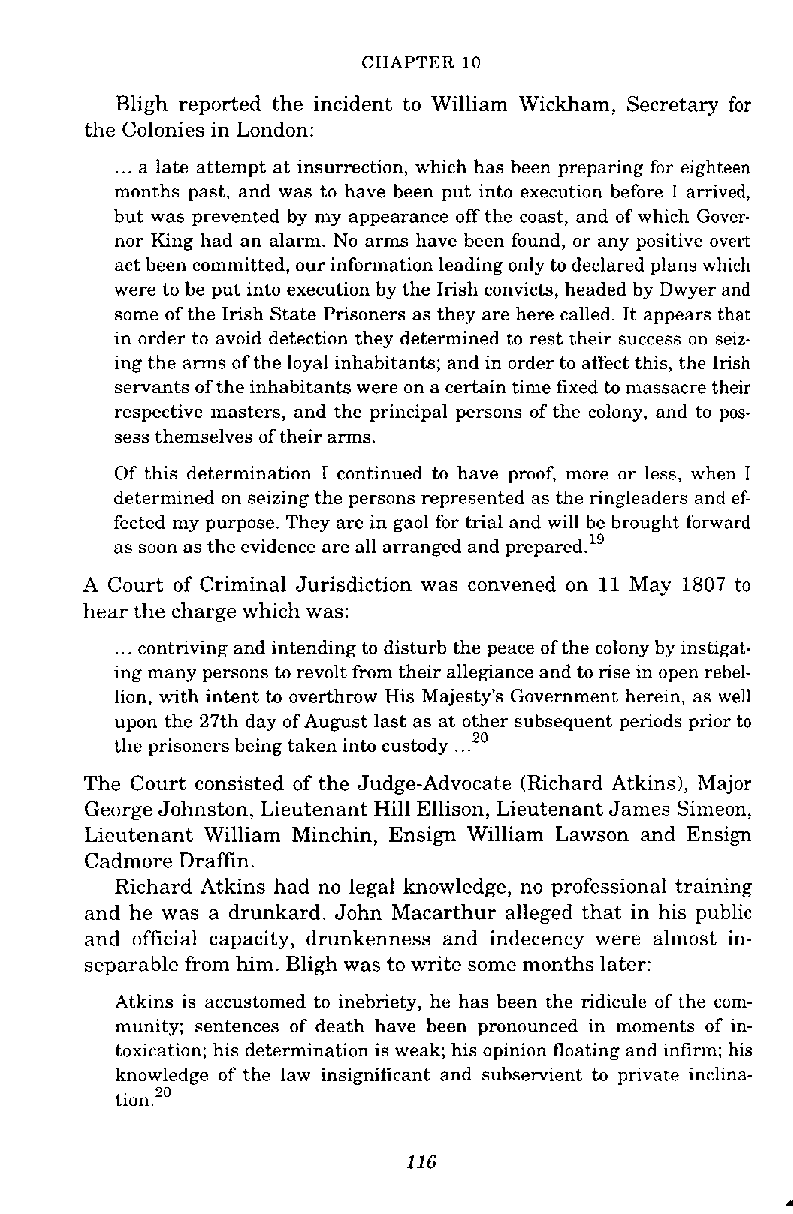
CHAPTER 10
 Bligh reported the incident to William Wickham, Secretary for
 the Colonies in London:
 ... a late attempt at insurrection, which has been preparing for eighteen
 months past, and was to have been put into execution before 1 arrived,
 but was prevented by my appearance off the coast, and of which Gover-
 nor King had an alarm. No arms have been found, or any positive overt
 act been committed, our information leading only to declared plans which
 were to be put into execution by the Irish convicts, headed by Dwyer and
 some of the Irish State Prisoners as they are here called. It appears that
 in order to avoid detection they determined to rest their success on seiz-
 ing the arms of the loyal inhabitants; and in order to affect this, the Irish
 servants of the inhabitants were on a certain time fixed to massacre their
 respective masters, and the principal persons of the colony, and to pos-
 sess themselves of their arms.
 Of this determination I continued to have proof, more or less, when I
 determined on seizing the persons represented as the ringleaders and ef-
 fected my purpose. They are in gaol for trial and will be brought forward
 as soon as the evidence are all arranged and prepared.'g
 A Court of Criminal Jurisdiction was convened on 11 May 1807 to
 hear the charge which was:
 ... contriving and intending to disturb the peace of the colony by instigat-
 ing many persons to revolt from their allegiance and to rise in open rebel-
 lion, with intent to overthrow His Majesty's Government herein, as well
 upon the 27th day of August last as at other subsequent periods prior to
 the prisoners being taken into custody ..."
 The Court consisted of the Judge-Advocate (Richard Atkins), Major
 George Johnston, Lieutenant Hill Ellison, Lieutenant James Simeon,
 Lieutenant William Minchin, Ensign William Lawson and Ensign
 Cadmore Draffin.
 Richard Atkins had no legal knowledge, no professional training
 and he was a drunkard. John Macarthur alleged that in his puhlic
 and official capacity, drunkenness and indecency were almost in-
 separable from him. Bligh was to write some months later:
 Atkins is accustomed to inebriety, he has been the ridicule of the com-
 munity; sentences of death have been pronounced in moments of in-
 toxication; his determination is weak; his opinion floating and infirm; his
 knowledge of the law insignificant and subservient to private inclina-
 tion.''